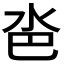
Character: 𣲯